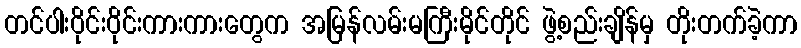
တင်ပါးဝိုင်းဝိုင်းကားကားတွေက အမြန်လမ်းမကြီးမိုင်တိုင် ဖွဲ့စည်းချိန်မှ တိုးတက်ခဲ့ကာ